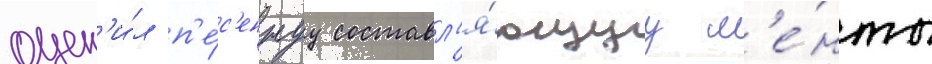
оцен'и́л п'е́с'еннуу составл'я́ющуу л'е́нты